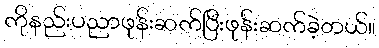
ကိုနည်းပညာဖုန်းဆက်ပြီးဖုန်းဆက်ခဲ့တယ်။